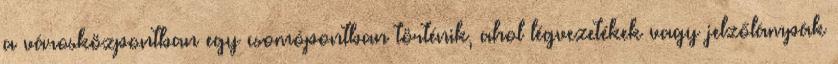
a városközpontban egy csomópontban történik, ahol légvezetékek vagy jelzőlámpák